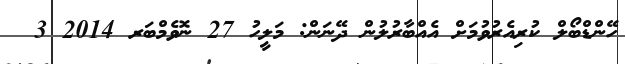
ހޭންޑްބޯލް ކުރިއެރުވުމަށް އެއްބާރުލުން ދޭނަން: މަލީހު 27 ނޮވެމްބަރ 2014 3